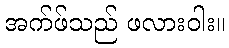
အက်ဖ်သည် ဖလားဝါး။